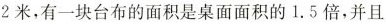
2米，有一块台布的面积是桌面面积的1.5倍，并且